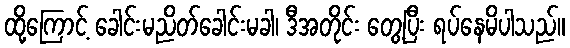
ထို့ကြောင့် ခေါင်းမညိတ်ခေါင်းမခါ၊ ဒီအတိုင်း တွေ့ပြီး ရပ်နေမိပါသည်။